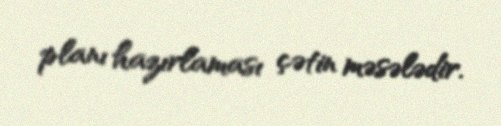
planı hazırlaması çətin məsələdir.